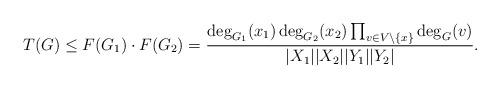
LaTeX: \begin{align*}T(G)\le F(G_1)\cdot F(G_2) = \frac{\deg_{G_1}(x_1)\deg_{G_2}(x_2)\prod_{v\in V \setminus \{x\}} \deg_G(v)}{|X_1| |X_2| |Y_1| |Y_2|}.\end{align*}